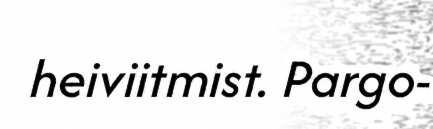
heiviitmist. Pargo-